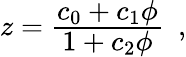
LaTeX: \begin{array}{r}{z=\cfrac{c_{0}+c_{1}\phi}{1+c_{2}\phi}\enspace,}\end{array}